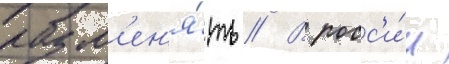
разм'ен'я́ть // В росс'и́и